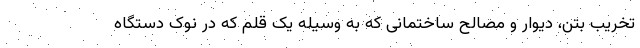
تخریب بتن، دیوار و مصالح ساختمانی که به وسیله یک قلم که در نوک دستگاه